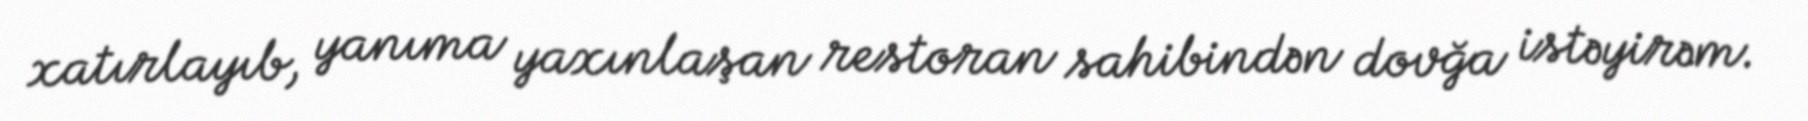
xatırlayıb, yanıma yaxınlaşan restoran sahibindən dovğa istəyirəm.